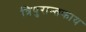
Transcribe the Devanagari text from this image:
त्रिपुरान्तकाय